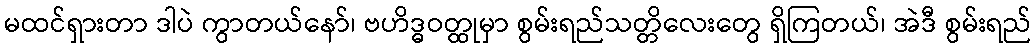
မထင်ရှားတာ ဒါပဲ ကွာတယ်နော်၊ ဗဟိဒ္ဓဝတ္ထုမှာ စွမ်းရည်သတ္တိလေးတွေ ရှိကြတယ်၊ အဲဒီ စွမ်းရည်